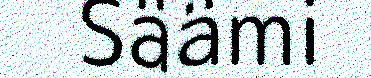
Säämi